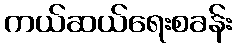
ကယ်ဆယ်ရေးစခန်း